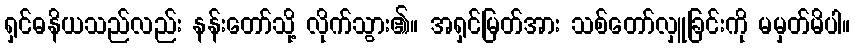
ရှင်ဓနိယသည်လည်း နန်းတော်သို့ လိုက်သွား၏။ အရှင်မြတ်အား သစ်တော်လှူခြင်းကို မမှတ်မိပါ။